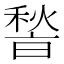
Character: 𮃢